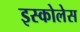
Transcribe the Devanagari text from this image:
इस्कोलेस